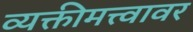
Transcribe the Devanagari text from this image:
व्यक्तीमत्त्वावर